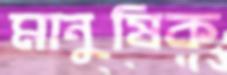
মানুষিক